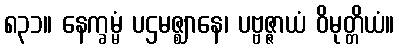
၈၃၁။ နေက္ခမ္မံ ပဌမဇ္ဈာနေ၊ ပဗ္ဗဇ္ဇာယံ ဝိမုတ္တိယံ။